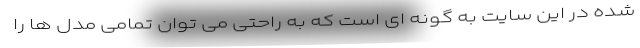
شده در این سایت به گونه ای است که به راحتی می توان تمامی مدل ها را